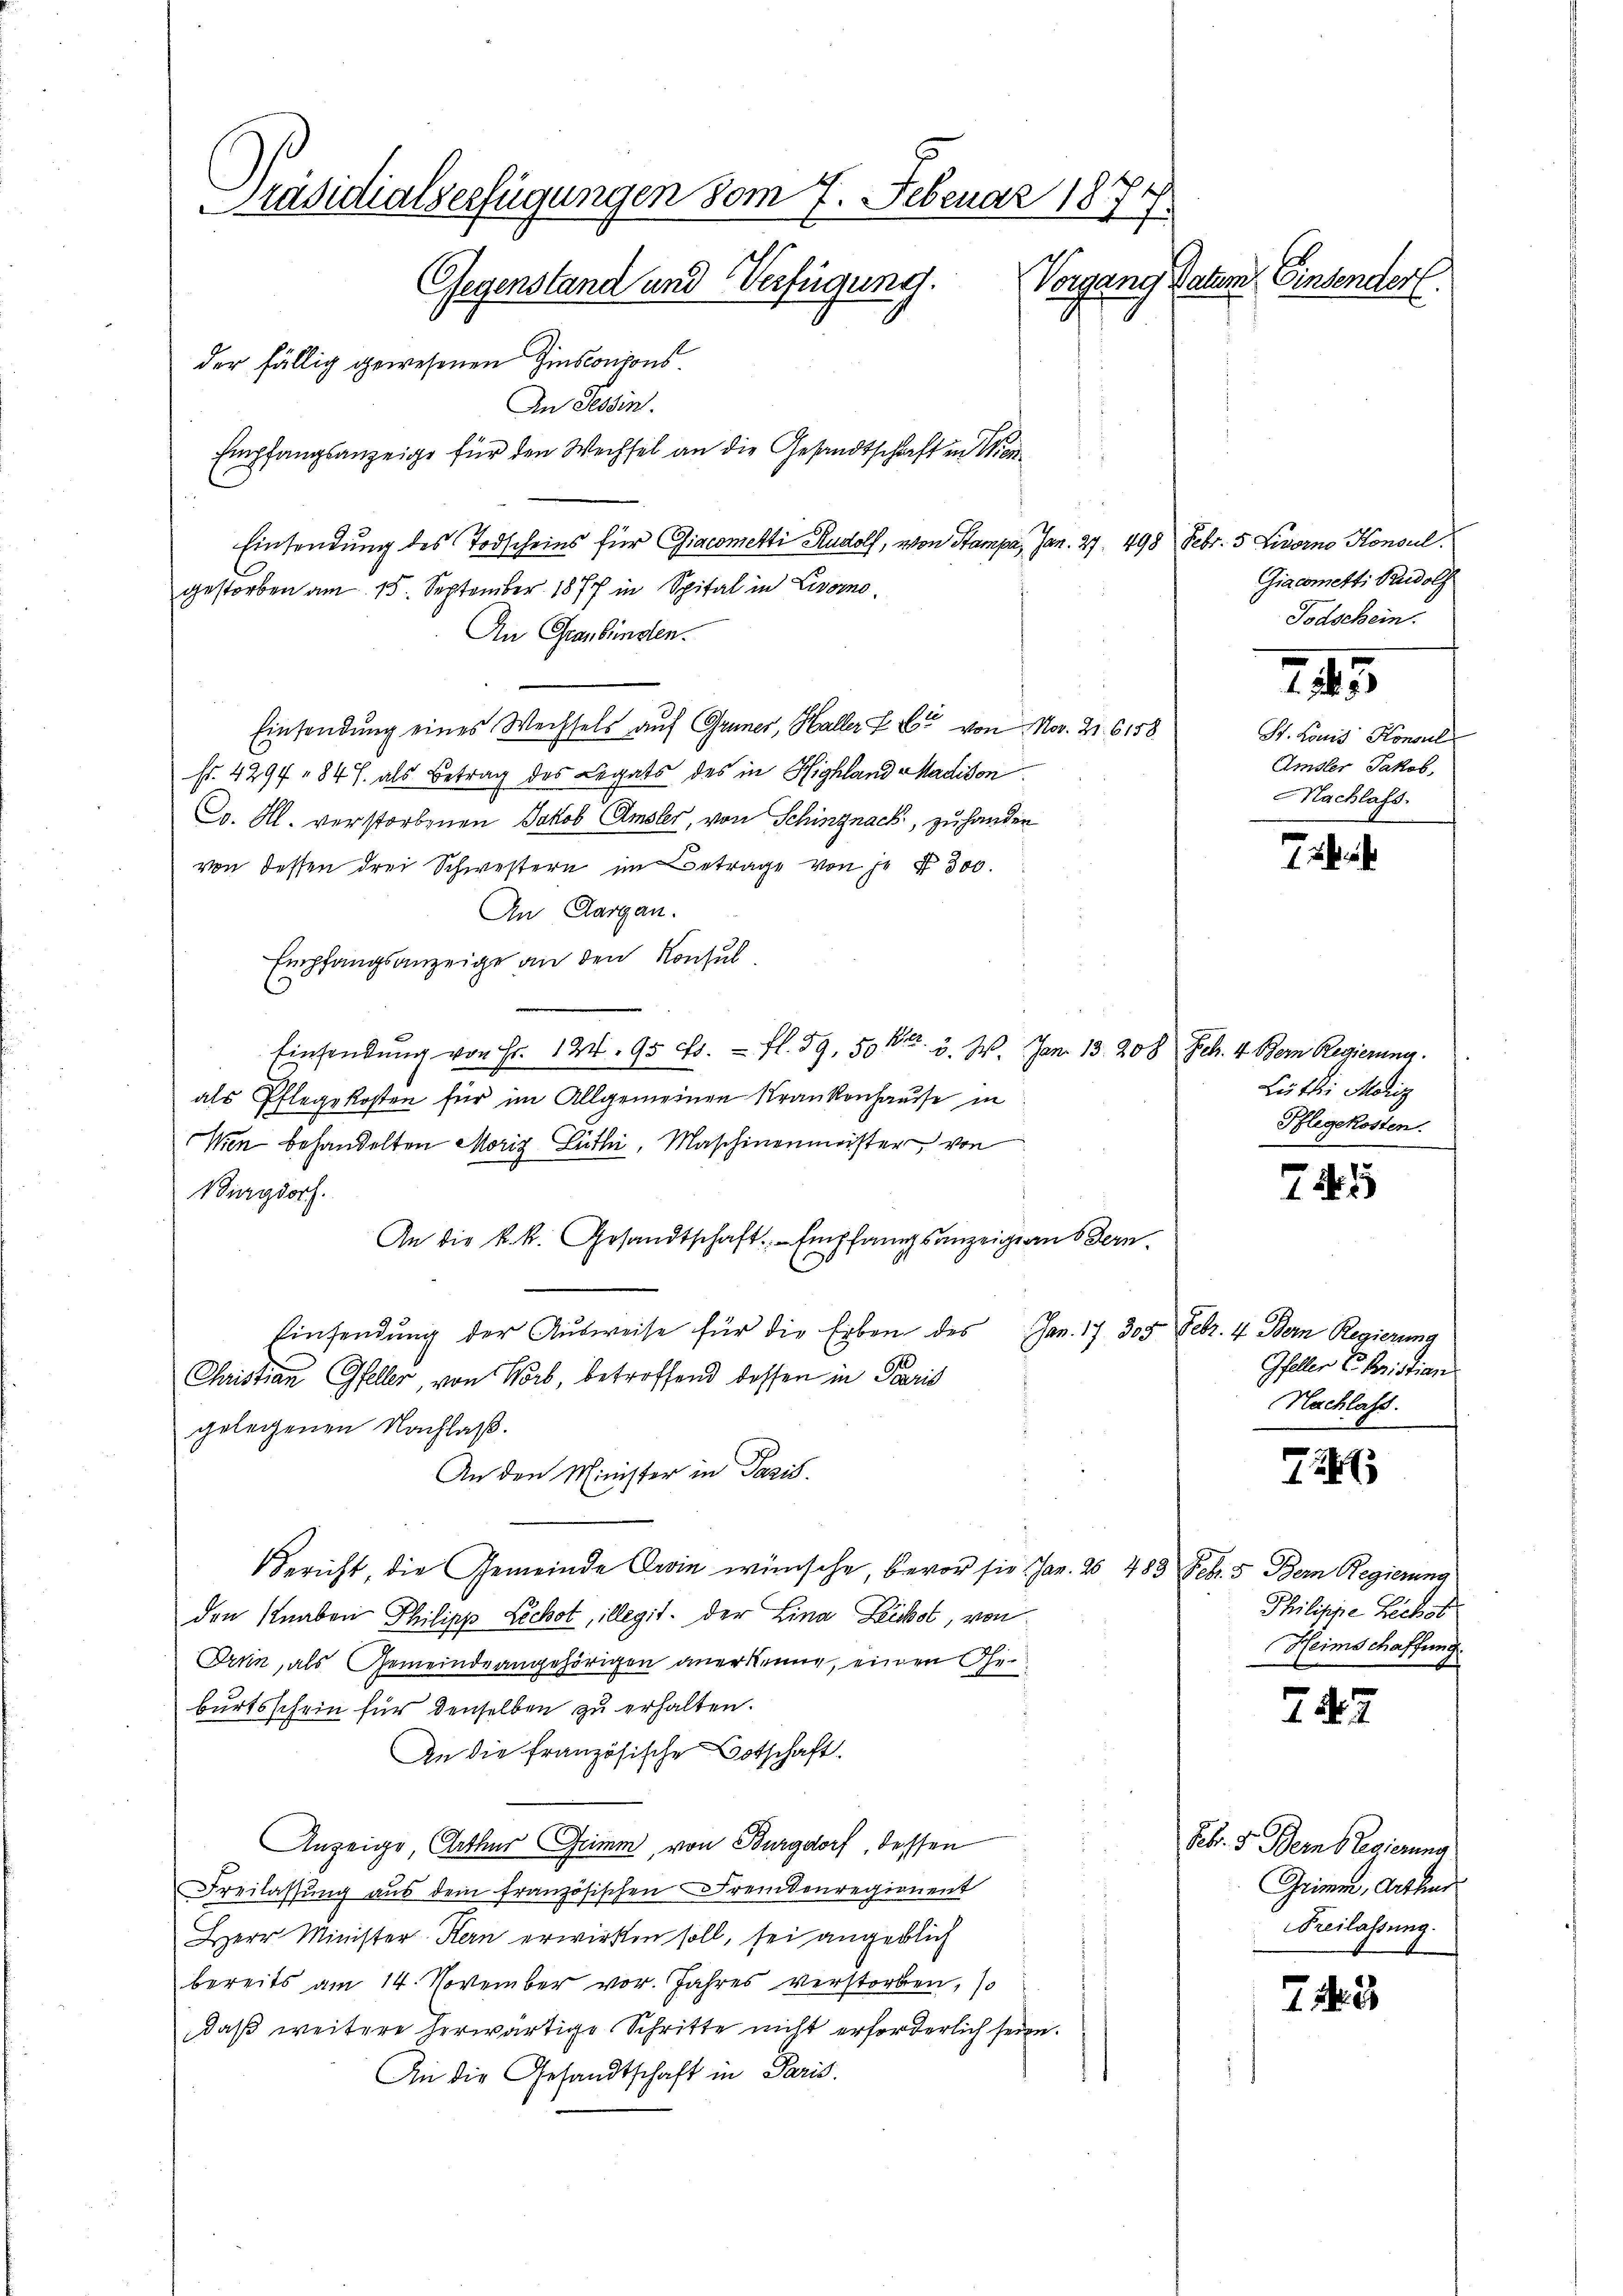
Präsidialverfügungen vom 7. Februar 1874
Vorgang Datum Einsender
Gegenstand und Verfügung.
der fällig gewesenen Hinsconjons.
An Tessin.
Empfangsanzeige für den Wechsel an die Gesandtschaft in Wer¬

Einsendung des Todscheins für Giacometti Rudolf, von Stampa, Jan. 27. 498 Febr. 5 Livorno Konsul
gestorben am 15. September 1877 in Spital in Livorno
An Graubünden.
Einsendung eines Wechsels auf Gruner, Haller L. Er von No. 21. 6158
fr. 429, 84 J. als Betrag des Legats des in Highland Madison
Co. Al. verstorbenen Jakob Amsler, von Schingnack, zu hander
von dessen drei Schwestern im Betrage von je § 300.
An Aargau.
Empfangsanzeige an den Konsul
Einsendung von Fr. 124, 95 Fr. fl. 59, 50 Fr. 3. 2. Jan. 13. 208 Feb. 4 Bern Regierung.
als Pflegekosten für im Allgemeinen Krankenhausse in
Wien behandelten Moriz Lüthi, Maschinenmeister von
Burgdorf.
An die k. k. Gesandtschaft Empfangsanzeigian Bern.
Einsendung der Aŭsweise für die Erben des Jan. 17. 305 Febr. 4 Bern Regierung
Christian Gfeller, von Worb, betreffend dessen in Paris
gelegenen Nachlaß.
An den Minister in Pazis.
Bericht, die Gemeinde Orin wünsche, bevor sie Jan. 26. 483 Febr. 5 Bern Regierung
den Knaben Philipp Licht, illegit der Lina Leibst, von
Drun, als Gemeindeangehörigen anerkenne, einen Geburtsschein für denselben zu erhalten.
An die französische Botschaft.
Anzeige, Arthur Grimm, von Burgdorf, dessen
i
Freilassŭng aus dem französischen Fremdenregionent
s
Herr Minister-Kern erwirken soll, sei angeblich
bereits am 14. November vor. Jahres verstorben, so
daß weitere herwärtige Schritte nicht erforderlich seien.
An die Gesandtschaft in Paris.

Giacometti Rudolf
Todschein.

245

St. Lonis Konsul
Amsler Jakob,
Nachlass

72

Lüttii Mediz
Pflegekosten.

1

Gfeller Christian
Nachlass.

e
12

Philippe Lackob
Heimschaffung

7. 22

Feb. S. Bern Regierung
Grimm, Arthur
Freilassung.

72